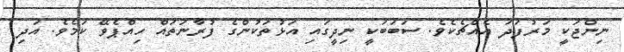
ނިންޖަކީ މަރުފަދަ އެއްޗެކެވެ. ސަބަބަކީ ނިދީގައި އަޅުތަކުންގެ ފުރާނަތައް ހިއްޕެވޭ ކަމެވެ. އަދި